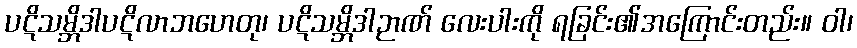
ပဋိသမ္ဘိဒါပဋိလာဘဟေတု၊ ပဋိသမ္ဘိဒါဉာဏ် လေးပါးကို ရခြင်း၏အကြောင်းတည်း။ ဝါ၊